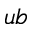
u b